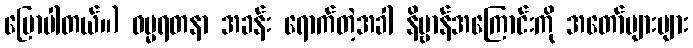
ပြောပါတယ်။) ဓမ္မရတနာ အခန်း ရောက်တဲ့အခါ နိဗ္ဗာန်အကြောင်းကို အတော်များများ